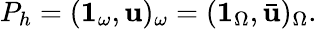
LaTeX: P_{h}=(\mathbf{1}_{\omega},\mathbf{u})_{\omega}=(\mathbf{1}_{\Omega},\bar{\mathbf{u}})_{\Omega}.